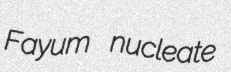
Fayum nucleate